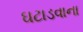
ઘટાડવાના